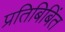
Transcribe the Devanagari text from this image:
प्रतिबिबिंत